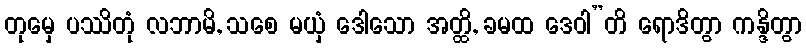
တုမှေ ပဿိတုံ လဘာမိ, သစေ မယှံ ဒေါသော အတ္ထိ, ခမထ ဒေဝါ”တိ ရောဒိတွာ ကန္ဒိတွာ